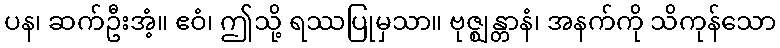
ပန၊ ဆက်ဦးအံ့။ ဧဝံ၊ ဤသို့ ရဿပြုမှသာ။ ဗုဇ္ဈန္တာနံ၊ အနက်ကို သိကုန်သော